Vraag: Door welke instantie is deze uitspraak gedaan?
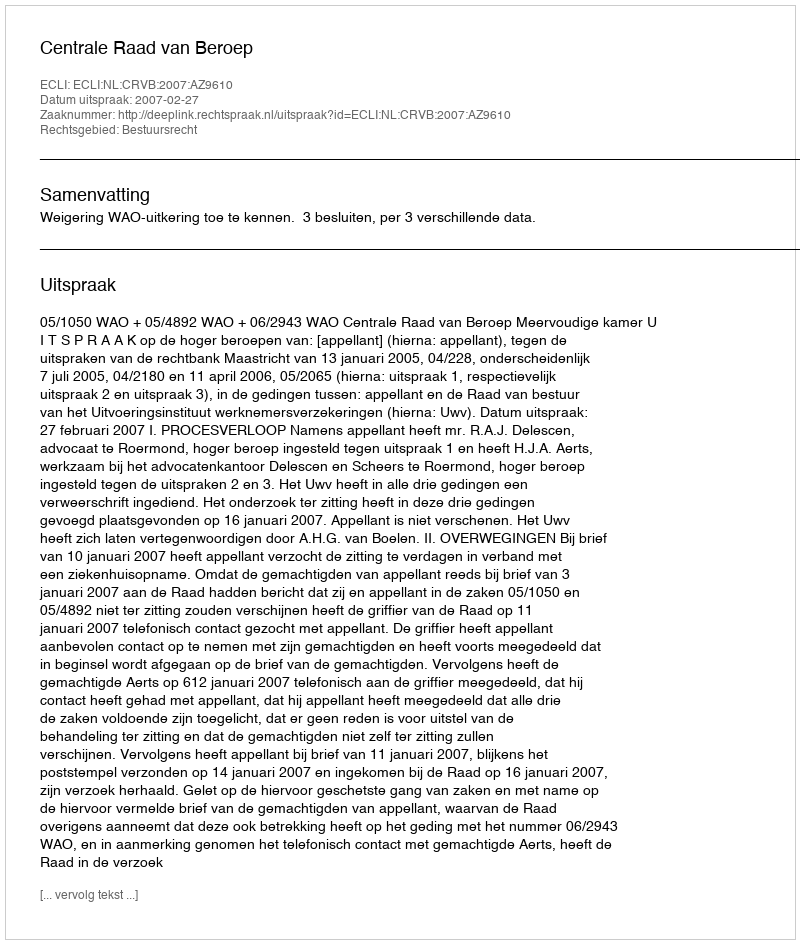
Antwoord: Centrale Raad van Beroep